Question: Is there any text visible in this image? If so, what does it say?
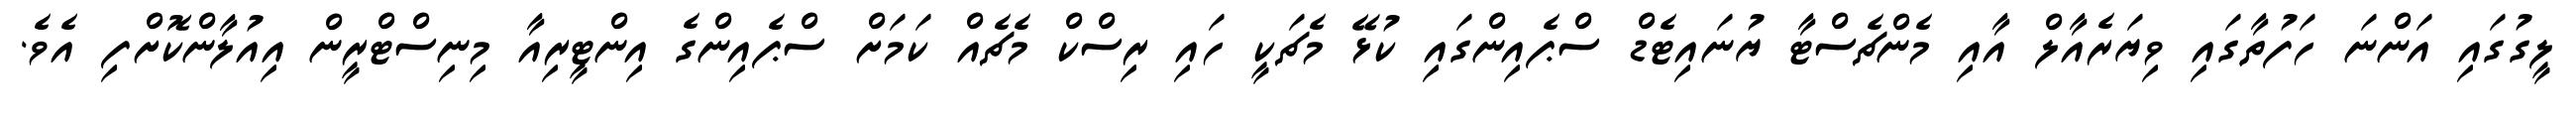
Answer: ލީގުގައި އަންނަ ހަފުތާގައި ވިޔަރެއާލް އާއި މެންޗެސްޓާ ޔުނައިޓެޑް ސްޕެއިންގައި ކުޅޭ މެޗަކީ ހައި ރިސްކް މެޗެއް ކަމަށް ސްޕެއިންގެ އިންޓީރިއާ މިނިސްޓްރީން އިއުލާންކޮށްފި އެވެ.